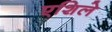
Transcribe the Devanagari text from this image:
एशिले